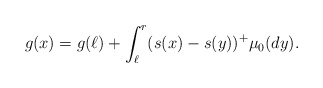
\begin{align*}g(x)=g(\ell)+\int_{\ell}^r (s(x)-s(y))^+ \mu_0(dy).\end{align*}